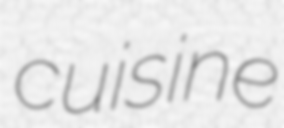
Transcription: cuisine